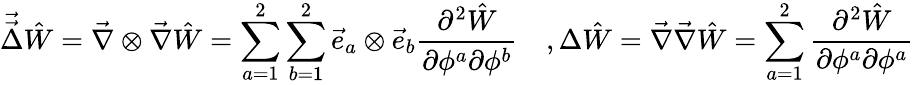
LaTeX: \vec{\vec{\Delta}}\hat{W}=\vec{\nabla}\otimes\vec{\nabla}\hat{W}=\sum_{a=1}^{2}\sum_{b=1}^{2}\vec{e}_{a}\otimes\vec{e}_{b}\frac{\partial^{2}\hat{W}}{\partial\phi^{a}\partial\phi^{b}}\quad,\Delta\hat{W}=\vec{\nabla}\vec{\nabla}\hat{W}=\sum_{a=1}^{2}\frac{\partial^{2}\hat{W}}{\partial\phi^{a}\partial\phi^{a}}